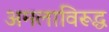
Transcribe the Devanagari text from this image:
अमलाविरूद्ध